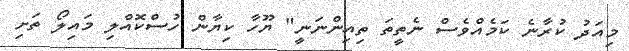
މިއަދު ކުރާނެ ކަމެއްވެސް ނެތީތަ ތިއިންނަނީ" ޔޫހާ ކިޔާން ހުސްކޮއްލި މައިލޯ ތަށި